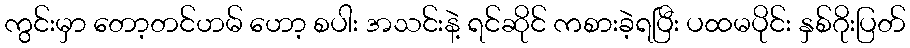
ကွင်းမှာ တော့တင်ဟမ် ဟော့ စပါး အသင်းနဲ့ ရင်ဆိုင် ကစားခဲ့ရပြီး ပထမပိုင်း နှစ်ဂိုးပြတ်